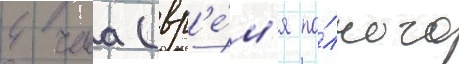
4 часа (вр'е́м'я по́лного